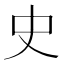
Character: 史